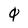
Character: 0